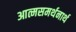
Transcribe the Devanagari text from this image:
आत्मसमर्थनार्थ